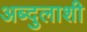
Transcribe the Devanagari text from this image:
अब्दुलाशी